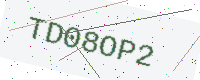
Text: TD08OP2